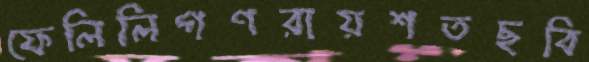
ফেলিলিগণরায়শতছবি